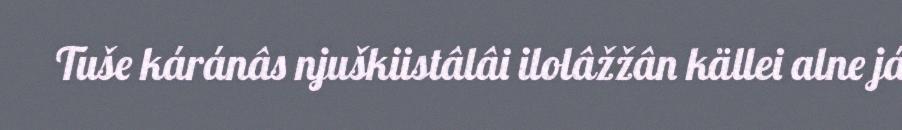
Tuše káránâs njuškiistâlâi ilolâžžân källei alne já